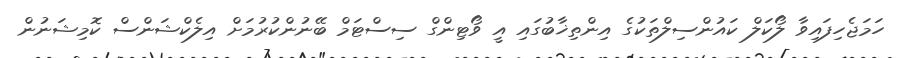
ހަމަޖެހިފައިވާ ލޯކަލް ކައުންސިލްތަކުގެ އިންތިޚާބުގައި އީ ވޯޓިންގް ސިސްޓަމް ބޭނުންކުރުމަށް އިލެކްޝަންސް ކޮމިޝަނުން